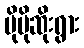
ပိုမိုဆိုးရွား